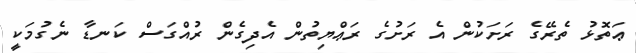
ޢަތޮޅު ތެރޭގެ ރަށަކުން އެ ރަށުގެ ރަޢްޔިތުން އެދިގެން ރުއްގަސް ކަނޑާ ނެގުމަކީ